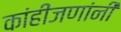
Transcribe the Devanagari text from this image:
कांहींजणांनी